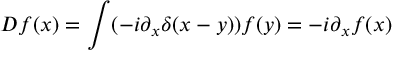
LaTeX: D f ( x ) = \int ( - i \partial _ { x } \delta ( x - y ) ) f ( y ) = - i \partial _ { x } f ( x )